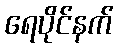
ရေပိုင်နက်